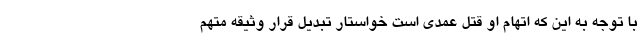
با توجه به این که اتهام او قتل عمدی است خواستار تبدیل قرار وثیقه متهم